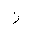
Letter: _zay